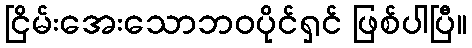
ငြိမ်းအေးသောဘဝပိုင်ရှင် ဖြစ်ပါပြီ။